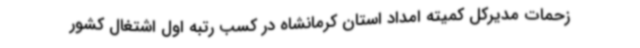
زحمات مدیرکل کمیته امداد استان کرمانشاه در کسب رتبه اول اشتغال کشور